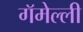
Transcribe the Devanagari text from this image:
गॅमेल्ली